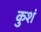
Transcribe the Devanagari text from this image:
कुशं